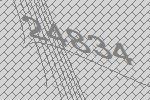
24834